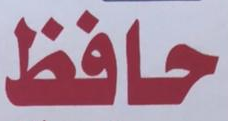
حافظ